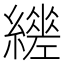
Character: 𦆧